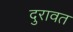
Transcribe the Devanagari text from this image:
दुरावत